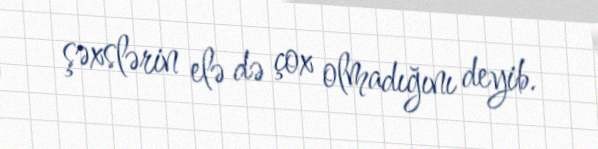
şəxslərin elə də çox olmadığını deyib.